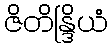
ဇိတိန္ဒြိယံ